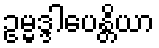
ဥမ္မဒ္ဒါပေန္တိယာ